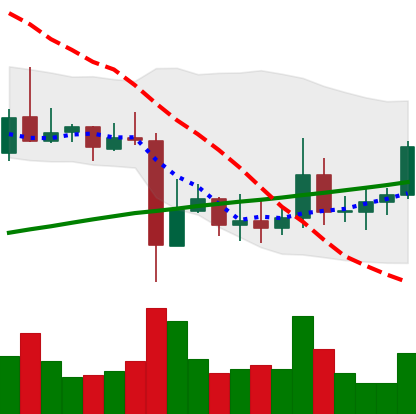
Ticker: ADA-USD
Chart end date: 2021-11-08
Forward return: -3.357%
Label: down_3_5